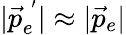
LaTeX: |\vec{p}_{e}^{\; ^{\prime}}|\approx|\vec{p}_{e}|